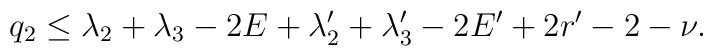
q_2\le\lambda_2+\lambda_3-2E+\lambda_2'+\lambda_3'-2E'+2r'-2-\nu.